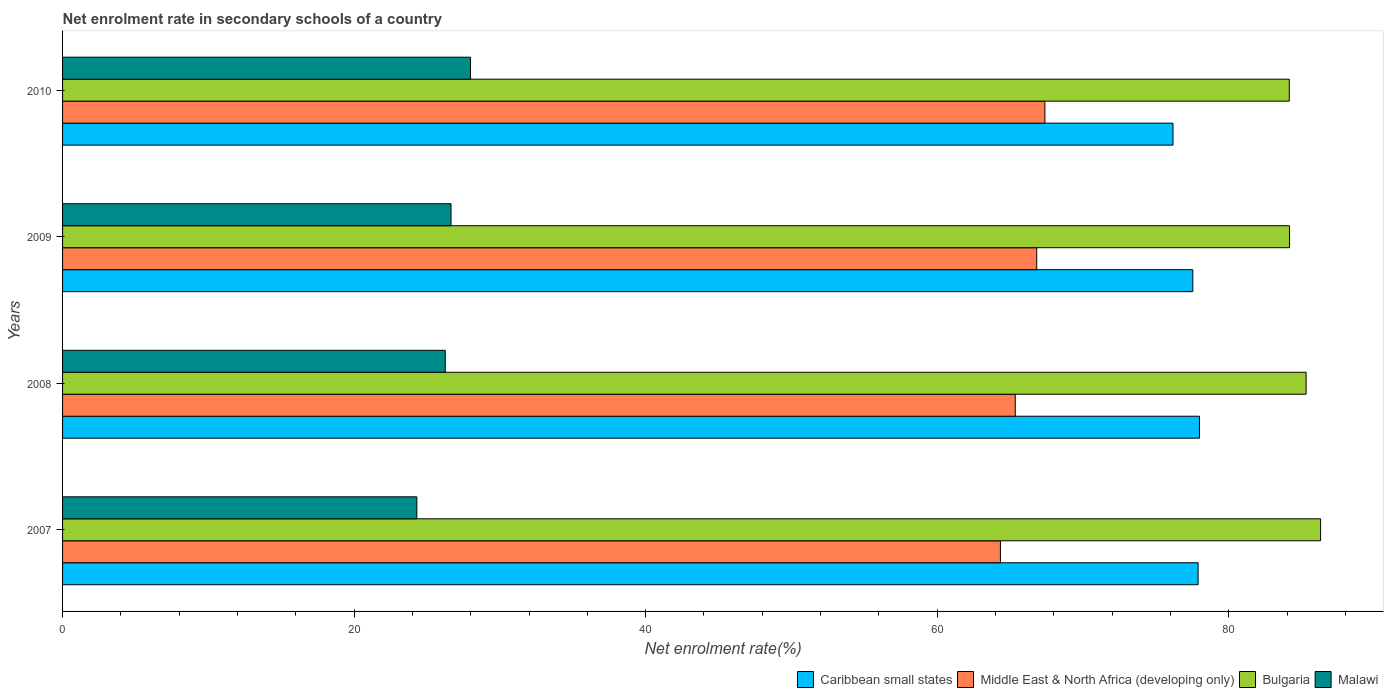
| Years | Caribbean small states | Middle East & North Africa (developing only) | Bulgaria | Malawi |
 | --- | --- | --- | --- | --- |
 | 2007 | 77.9 | 64.3 | 86.3 | 24.3 |
 | 2008 | 78 | 65.4 | 85.3 | 26.3 |
 | 2009 | 77.5 | 66.8 | 84.2 | 26.6 |
 | 2010 | 76.2 | 67.4 | 84.2 | 28 |